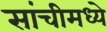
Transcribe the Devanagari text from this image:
सांचीमध्ये